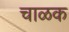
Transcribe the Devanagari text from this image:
चाळक